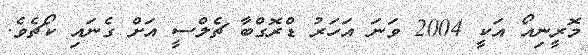
މޮރީނިއޯ އަކީ 2004 ވަނަ އަހަރު ޑްރޮގްބާ ޗެލްސީ އަށް ގެނައި ކޯޗެވެ.